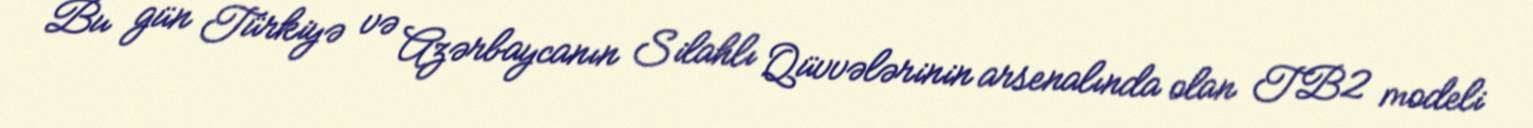
Bu gün Türkiyə və Azərbaycanın Silahlı Qüvvələrinin arsenalında olan TB2 modeli